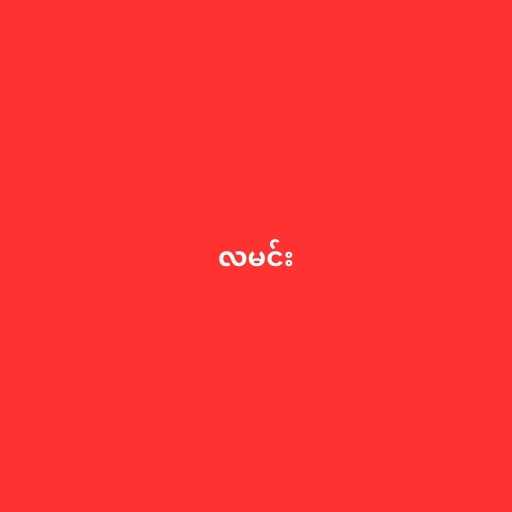
လမင်း